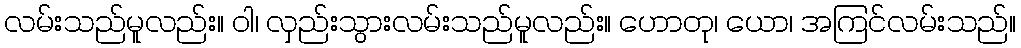
လမ်းသည်မူလည်း။ ဝါ၊ လှည်းသွားလမ်းသည်မူလည်း။ ဟောတု၊ ယော၊ အကြင်လမ်းသည်။